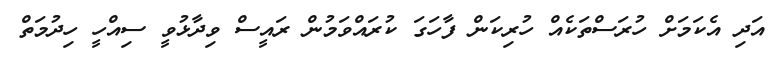
އަދި އެކަމަށް ހުރަސްތަކެއް ހުރިކަން ފާހަގަ ކުރައްވަމުން ރައީސް ވިދާޅުވީ ސިއްހީ ހިދުމަތް